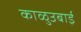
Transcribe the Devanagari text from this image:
काळुउबाई